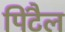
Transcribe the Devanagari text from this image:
पिंटैल